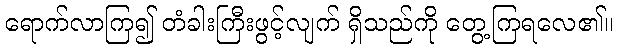
ရောက်လာကြ၍ တံခါးကြီးဖွင့်လျက် ရှိသည်ကို တွေ့ကြရလေ၏။